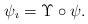
LaTeX: \begin{align*} \psi_\imath = \Upsilon \circ \psi. \end{align*}